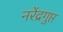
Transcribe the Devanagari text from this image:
नरेंद्रगुप्त